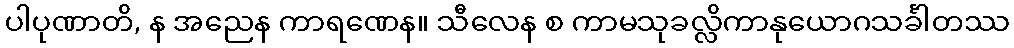
ပါပုဏာတိ, န အညေန ကာရဏေန။ သီလေန စ ကာမသုခလ္လိကာနုယောဂသင်္ခါတဿ